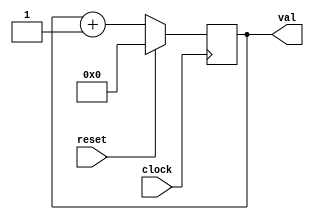


// file clockcounter.v

module clockcounter (
	input wire clock,
	input wire reset,
	output reg [31:0] val);
	
initial begin
	val = 0;
end

always @(posedge clock) begin
	if (reset == 1) begin
		val = 0;
	end else begin
		val = val + 1;
	end
end

endmodule